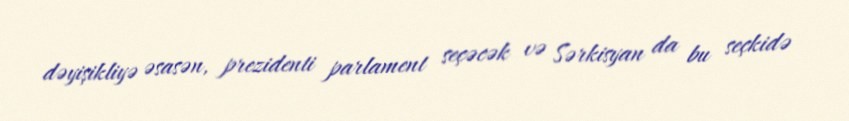
dəyişikliyə əsasən, prezidenti parlament seçəcək və Sərkisyan da bu seçkidə